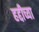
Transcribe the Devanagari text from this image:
हद्दीच्या